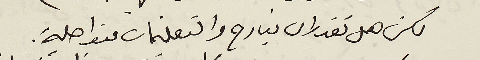
لكن هل نقدر ان نبارح والتعليمات متواصلة.